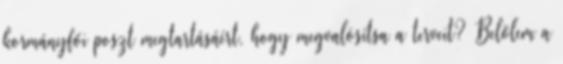
kormányfői poszt megtartásáért, hogy megvalósítsa a terveit? Belőlem a